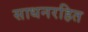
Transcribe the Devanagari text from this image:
साधनरहित